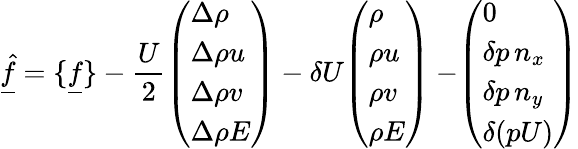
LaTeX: \underline{{\hat{f}}}=\{ \underline{{f}}\} -\frac{U}{2}\begin{array}{l}{\left(\begin{array}{l}{\Delta\rho}\\ {\Delta\rho u}\\ {\Delta\rho v}\\ {\Delta\rho E}\end{array}\right)}\end{array}-\delta U\begin{array}{l}{\left(\begin{array}{l}{\rho}\\ {\rho u}\\ {\rho v}\\ {\rho E}\end{array}\right)}\end{array}-\begin{array}{l}{\left(\begin{array}{l}{0}\\ {\delta p\, n_{x}}\\ {\delta p\, n_{y}}\\ {\delta(pU)}\end{array}\right)}\end{array}